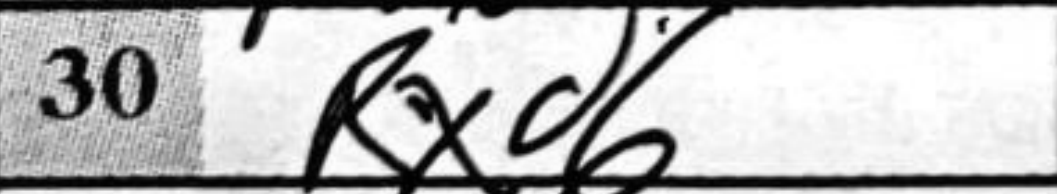
Transcription: Rxd6